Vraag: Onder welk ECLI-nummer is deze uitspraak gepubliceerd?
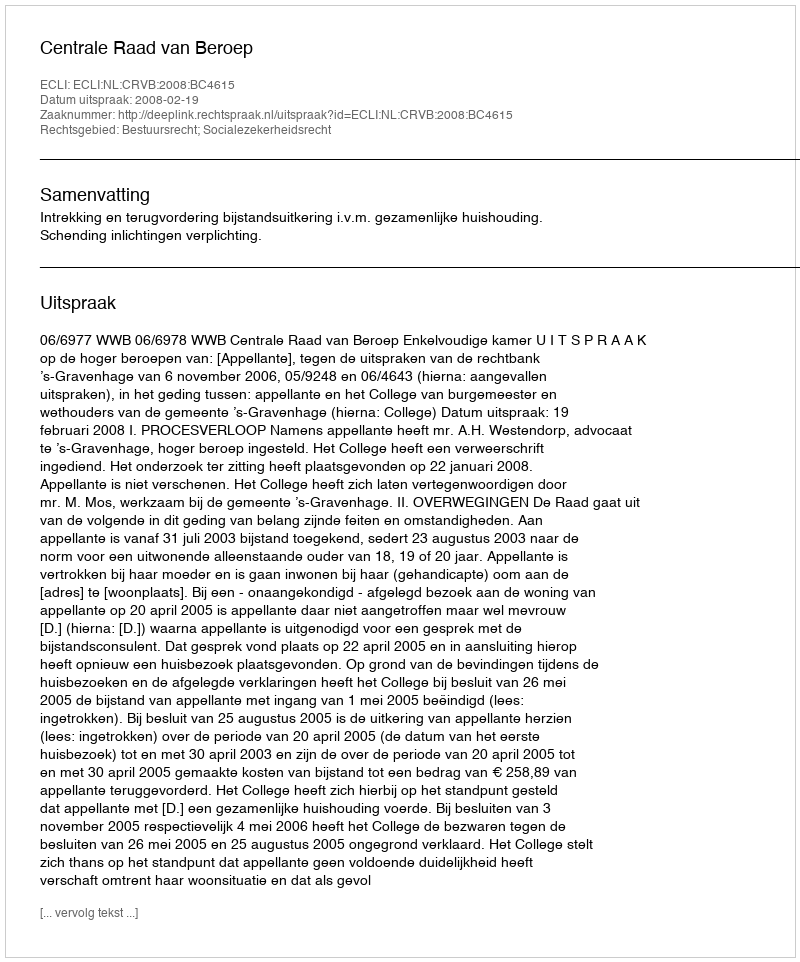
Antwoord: ECLI:NL:CRVB:2008:BC4615